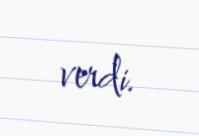
verdi.